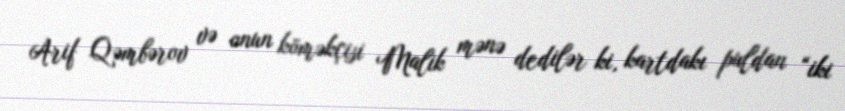
Arif Qəmbərov və onun köməkçisi Malik mənə dedilər ki, kartdakı puldan “iki